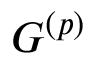
G ^ { ( { p } ) }